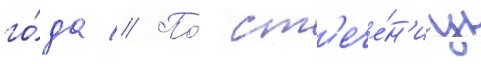
го́да // По́ ст'ече́н'иу